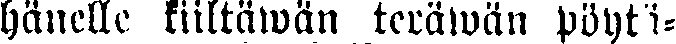
hänelle kiiltäwän teräwän pöytä-